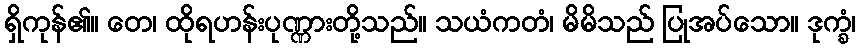
ရှိကုန်၏။ တေ၊ ထိုရဟန်းပုဏ္ဏားတို့သည်။ သယံကတံ၊ မိမိသည် ပြုအပ်သော။ ဒုက္ခံ၊